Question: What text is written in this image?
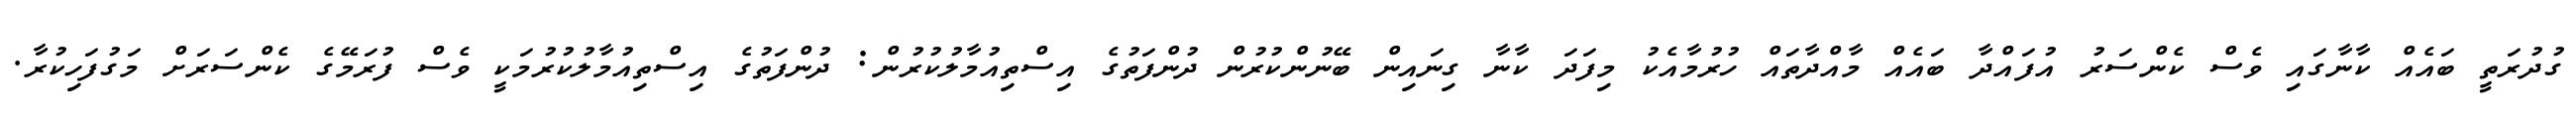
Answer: ގުދުރަތީ ބައެއް ކާނާގައި ވެސް ކެންސަރު އުފައްދާ ބައެއް މާއްދާތައް ހުރުމާއެކު މިފަދަ ކާނާ ގިނައިން ބޭނުންކުރުން ދުންފަތުގެ އިސްތިއުމާލުކުރުން: ދުންފަތުގެ އިސްތިއުމާލުކުރުމަކީ ވެސް ފުރަމޭގެ ކެންސަރަށް މަގުފަހިކުރާ.